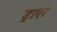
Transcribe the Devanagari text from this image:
ड्राएर